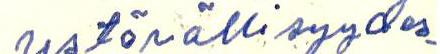
ystävällisyydes-